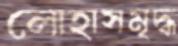
লোহাসমৃদ্ধ